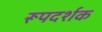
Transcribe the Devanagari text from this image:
रूपदर्शक